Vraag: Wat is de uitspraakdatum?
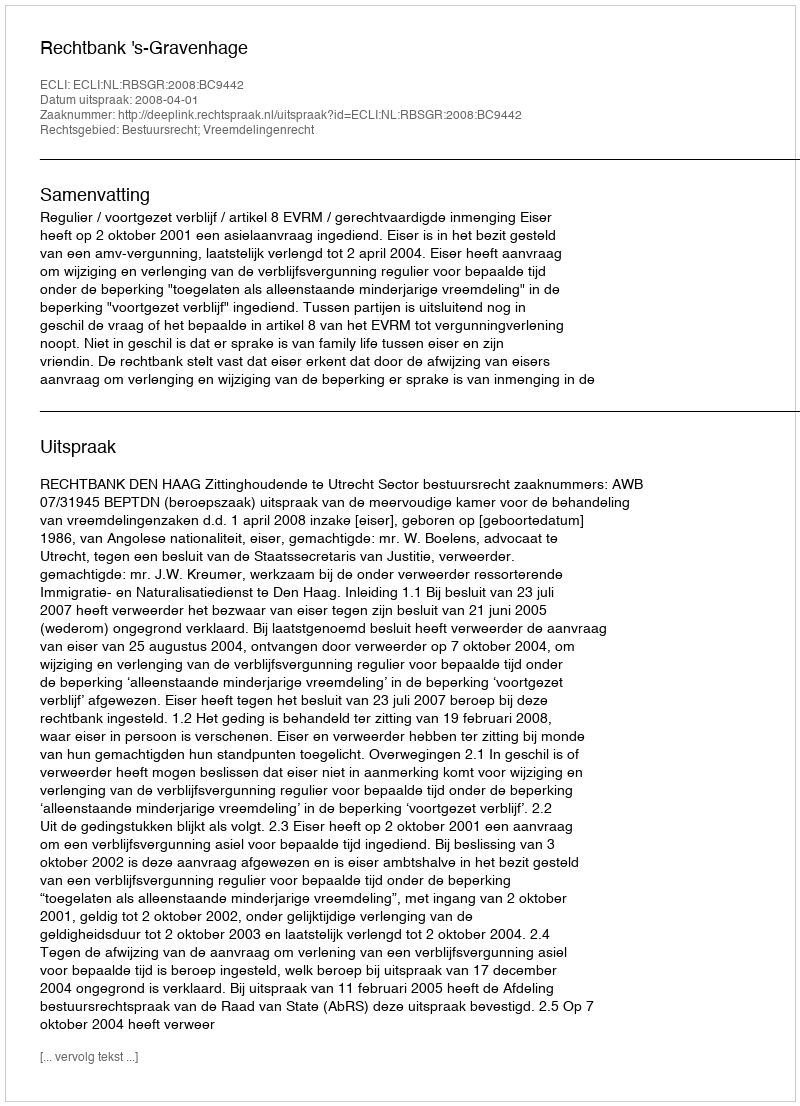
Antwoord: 2008-04-01